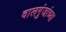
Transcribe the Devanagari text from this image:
वालगुंजांच्या